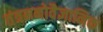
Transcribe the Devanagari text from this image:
तंत्रमनोवैज्ञानिक